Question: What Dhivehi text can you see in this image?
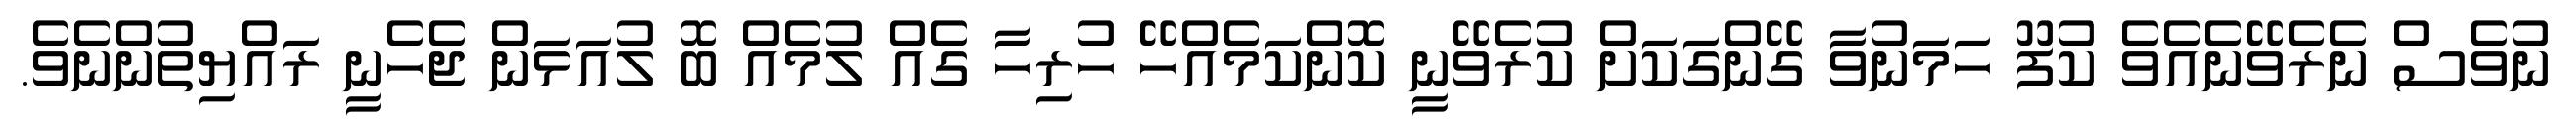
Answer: ނުވެސް ނެރެވޭނެއެވެ ކުފޫ ހަމަނުވާ ގޭންގަކަށް ކުރެވޭނީ ކޮންކަމެއްހޭ ހުރިހާ ގެއް ލުމެއް ބޮ ލުއަޅަން ޖެހެނީ ރައްޔިތުންނެވެ.